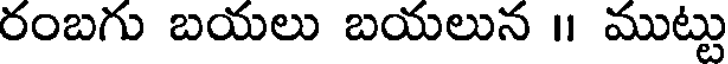
రంబగు బయలు బయలున ॥ ముట్టు